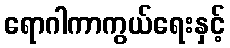
ရောဂါကာကွယ်ရေးနှင့်